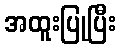
အထူးပြုပြီး